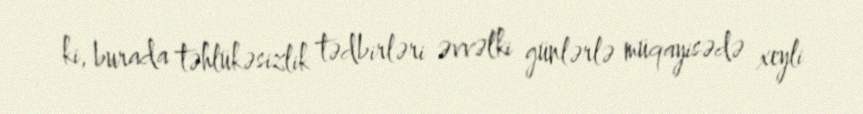
ki, burada təhlükəsizlik tədbirləri əvvəlki günlərlə müqayisədə xeyli